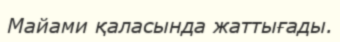
Майами қаласында жаттығады.